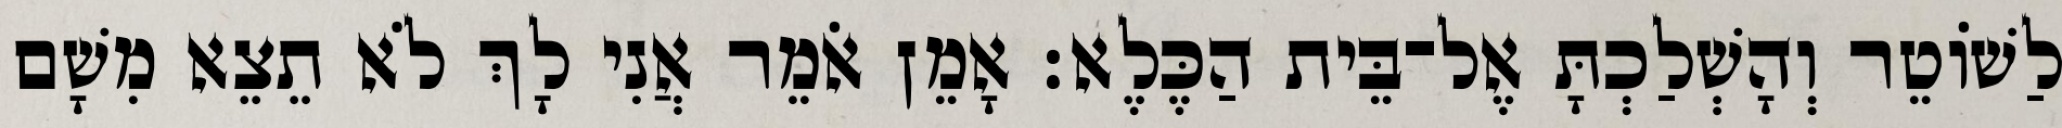
לַשׁוֹטֵר וְהָשְׁלַכְתָּ אֶל־בֵּית הַכֶּלֶא׃ אָמֵן אֹמֵר אֲנִי לָךְ לֹא תֵצֵא מִשָׁם